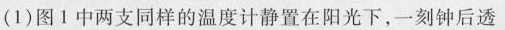
(1)图1中两支同样的温度计静置在阳光下，一刻钟后透